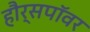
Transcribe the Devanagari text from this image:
हौर्सपॉवर